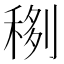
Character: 𥟻